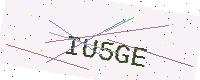
Text: IU5GE